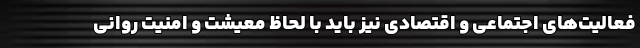
فعالیت‌های اجتماعی و اقتصادی نیز باید با لحاظ معیشت و امنیت روانی